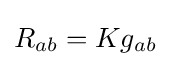
R_{ab}=Kg_{ab}